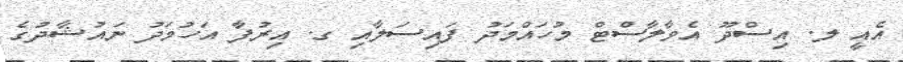
އެއީ ލ. އިސްދޫ އެވާލާސްޓް މުހައްމަދު ފައިސަލާއި ގ. އިރުފާ އަހުމަދު ނައުޝާދުގެ